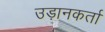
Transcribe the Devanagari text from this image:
उड़ानकर्ता